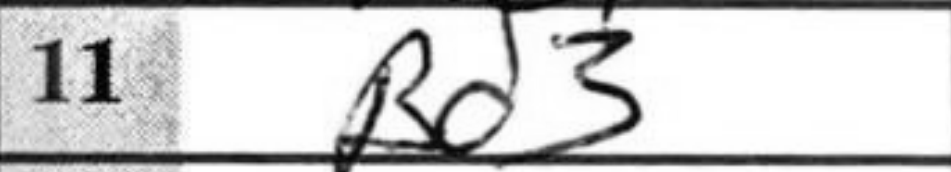
Transcription: Bd3